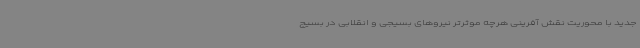
جدید با محوریت نقش آفرینی هرچه موثرتر نیروهای بسیجی و انقلابی در بسیج